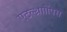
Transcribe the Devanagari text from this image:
एटल्थ्रााोंपस